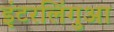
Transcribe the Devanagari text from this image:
इंटरलिंगुआ